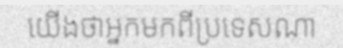
យើងថាអ្នកមកពីប្រទេសណា